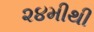
૨૪મીથી